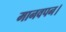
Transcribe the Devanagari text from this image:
मानवपन।